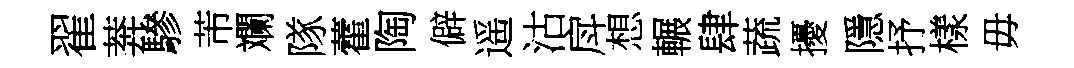
翟莾驂芾斕隊藿陶僻遥沽戽想輾肆蔬擾隱抒樣毋